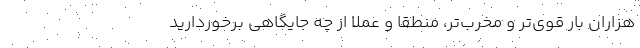
هزاران بار قوی‌تر و مخرب‌تر، منطقاً و عملاً از چه جایگاهی برخوردارید